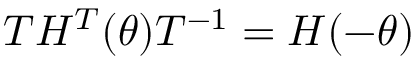
T H ^ { T } ( \theta ) T ^ { - 1 } = H ( - \theta )